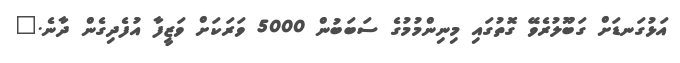
އަޅުގަނޑަށް ގަބޫލުުރެވޭ ގޮތުގައި މިނިންމުމުގެ ސަބަބުން 5000 ވަރަކަށް ވަޒީފާ އުފެދިގެން ދާނެ."